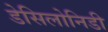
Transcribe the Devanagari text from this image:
डेसिलोनिडी